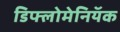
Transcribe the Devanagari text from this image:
डिफ्लोमेनियॅक